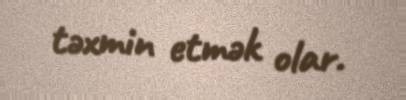
təxmin etmək olar.